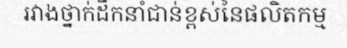
រវាងថ្នាក់ដឹកនាំជាន់ខ្ពស់នៃផលិតកម្ម